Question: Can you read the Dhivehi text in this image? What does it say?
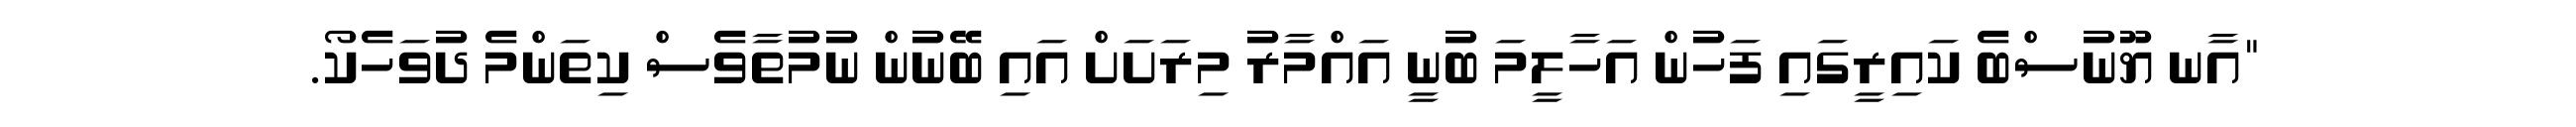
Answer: "އާނ ޔޫނުސްބެ ކައިރީގައި ފަހުން އަހާލީމަ ބުނީ އައްމާރު މިރަށަށް އައި ބޭނުން ނުމުތާވެސް ކިތަންމެ ދުވަހެކޯ.